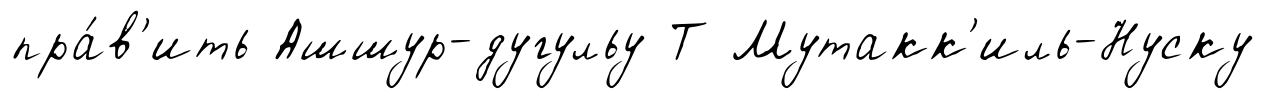
пра́в'ить Ашшур-дугульу Т Мутакк'иль-Нуску